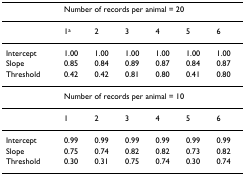
<table><thead><tr><td>[EMPTY_CELL]</td><td colspan="6"><b>Number of records per animal = 20</b></td></tr></thead><tbody><tr><td>[EMPTY_CELL]</td><td>1<sup>a</sup></td><td>2</td><td>3</td><td>4</td><td>5</td><td>6</td></tr><tr><td>Intercept</td><td>1.00</td><td>1.00</td><td>1.00</td><td>1.00</td><td>1.00</td><td>1.00</td></tr><tr><td>Slope</td><td>0.85</td><td>0.84</td><td>0.89</td><td>0.87</td><td>0.84</td><td>0.87</td></tr><tr><td>Threshold</td><td>0.42</td><td>0.42</td><td>0.81</td><td>0.80</td><td>0.41</td><td>0.80</td></tr><tr><td>[EMPTY_CELL]</td><td colspan="6">Number of records per animal = 10</td></tr><tr><td>[EMPTY_CELL]</td><td>1</td><td>2</td><td>3</td><td>4</td><td>5</td><td>6</td></tr><tr><td>Intercept</td><td>0.99</td><td>0.99</td><td>0.99</td><td>0.99</td><td>0.99</td><td>0.99</td></tr><tr><td>Slope</td><td>0.75</td><td>0.74</td><td>0.82</td><td>0.82</td><td>0.73</td><td>0.82</td></tr><tr><td>Threshold</td><td>0.30</td><td>0.31</td><td>0.75</td><td>0.74</td><td>0.30</td><td>0.74</td></tr></tbody></table>